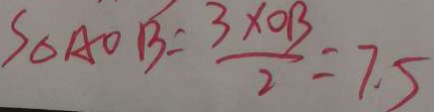
S _ { \Delta A O B } = \frac { 3 \times O B } { 2 } = 7 . 5